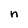
Character: n